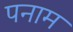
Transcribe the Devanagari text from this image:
पनाम